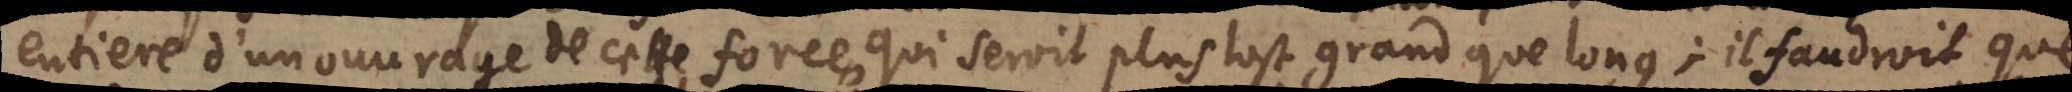
entiere d’un ouvrage de cette force, qui seroit plus tost grand que long; il faudroit que